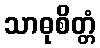
သာဓုစိတ္တံ